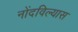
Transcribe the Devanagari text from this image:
नोंदविल्यास